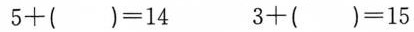
$$5 + () = 1 4$$ $$3 + () = 1 5$$